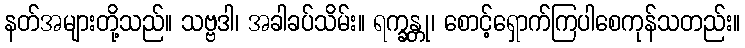
နတ်အများတို့သည်။ သဗ္ဗဒါ၊ အခါခပ်သိမ်း။ ရက္ခန္တု၊ စောင့်ရှောက်ကြပါစေကုန်သတည်း။